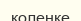
колеңке